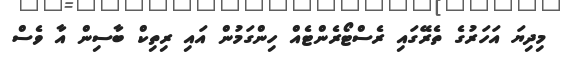
މިދިޔަ އަހަރުގެ ތެރޭގައި ރެސްޓޯރެންޓެއް ހިންގަމުން އައި ރިތިކް ބާސިން އާ ވެސް